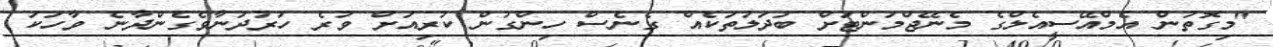
"މިގޮތުން އެމްއޭސީއެލްގެ މެނޭޖްމަންޓަށް ބަދަލުތަކެއް ގެނެސް ހިންގުން ކުރިއަށް ވުރެ ހަރުދަނާވެގެންދާނެ ވާހަކަ